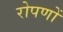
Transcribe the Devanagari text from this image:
रोपणों